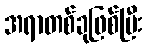
အရာတစ်ခုဖြစ်ပြီး